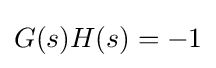
G(s)H(s)=-1